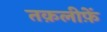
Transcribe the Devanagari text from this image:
तक़लीफ़ें